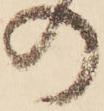
の